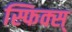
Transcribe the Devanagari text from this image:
स्फिक्स्